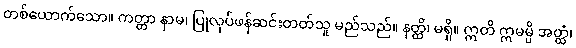
တစ်ယောက်သော။ ကတ္တာ နာမ၊ ပြုလုပ်ဖန်ဆင်းတတ်သူ မည်သည်။ နတ္ထိ၊ မရှိ။ ဣတိ ဣမမ္ပိ အတ္ထံ၊